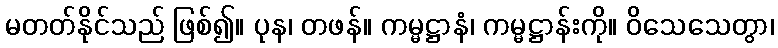
မတတ်နိုင်သည် ဖြစ်၍။ ပုန၊ တဖန်။ ကမ္မဋ္ဌာနံ၊ ကမ္မဋ္ဌာန်းကို။ ဝိသေသေတွာ၊